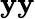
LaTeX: \mathbf{y}\mathbf{y}